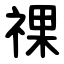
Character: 祼